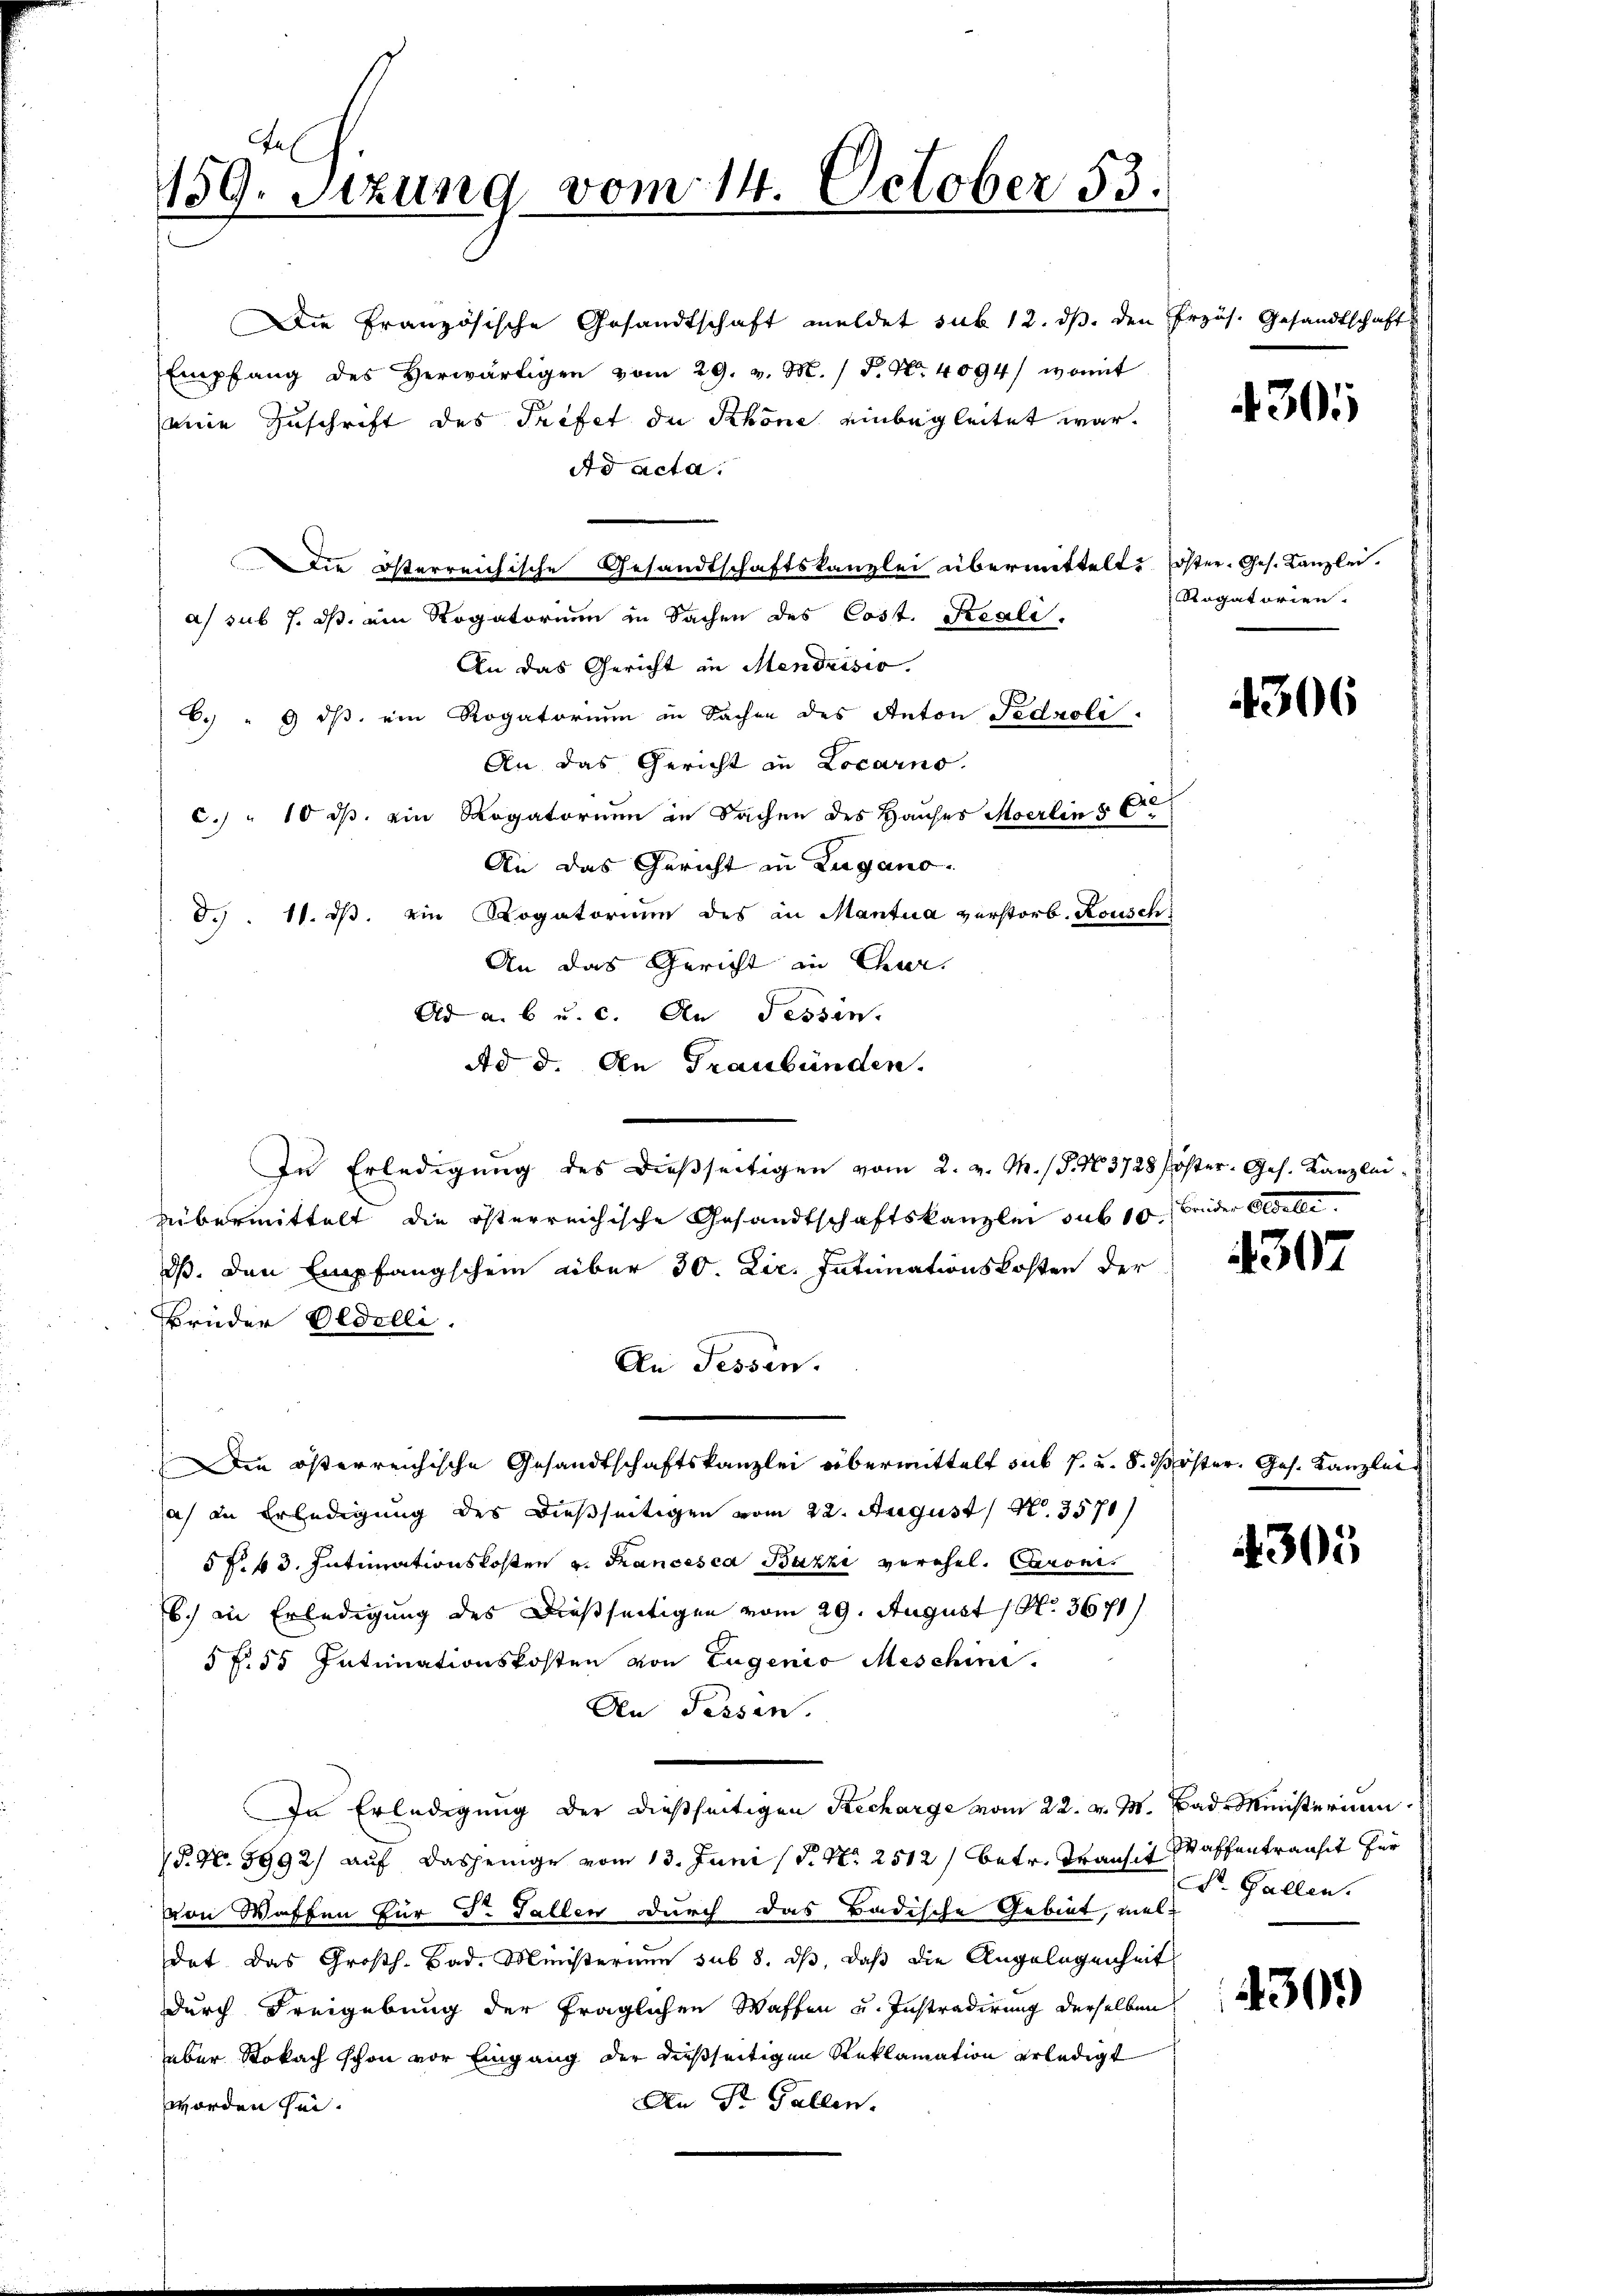
159. Sitzung vom 14. October 83.

Die Französische Gesandtschaft meldet sub 12. ds. den Erzös. Gesandtschaft
Empfang des Verwärtigen vom 29. v. M. D. N. 4094) womit
eine Zuschrift des Trefet de Schöne einbegleitet war.
Ad acta.
a) sub 7. ds. am Rogatorium in Sachen des Cost. Reali.
An das Gericht in Mendrisio.
6.) " 9 iß ein Rogatorium in Sachen des Anton Fedzoli.
An das Gericht an Locarno.
c.) " 10 d. ein Rogatorium in Sachen des Hauses Moerlin 5 C
An das Gericht in Zugano.
d. . 11. dβ ein Rogatorium des an Mantua verstorb. Rousch
An das Gericht in Char
Ad a. b u. c. An Tessin.
Ad d. An Graubünden.
In Erledigung des dießseitigen vom 2. v. M. (S. N. 3728 Pöster. Ges. Kanzlei
übermittelt die österreichische Gesandtschaftskanzlei sub 10 beider Stelle
dß. Den Empfangschein über 30. Lie. Intimationskosten der
Brüder Oldelli
An Fessen.
Die österreichische Gesandtschaftskanzlei übermittelt sub 7. u. 8. Pöster. Ges. Kanzlei
a) in Erledigung des dießseitigen vom 22. August No. 3570/
5 f. 43. Intimationskosten v. Francesca Bazzi verehel. Canoni
b.) in Erledigung des dießseitigen vom 29. August 1. 3671/
5 f. 55 Intimationskosten von Eugenio Meschine.
An Pessen.
In Erledigung der dießseitigen Recharge vom 22. v. M. Bad Ministerium
P. Nr. 3992) auf dasjenige vom 13. Juni (S. Nr. 2512 betr. Transit Waffentransit für
von Waffen für Dr. Fallen durch das Badische Gebiet, meldat. Das Großh. Bad. Ministerium sub 8. ds, daß die Angelegenheit
durch Freigebung der fraglichen Waffen u. Instradirung derselben
über Stokach schon vor Eingang der dießseitigen Reklamation erledigt
An Dr. Gallen.
worden sei.

Die österreichische Gesandtschaftskanzlei übermittelt öster. Ges. Kanzlei.

301

Rogatorien.

306

4307

300

Dr. Gallen.

430.